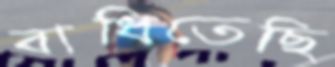
বাধিতেছি